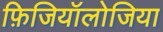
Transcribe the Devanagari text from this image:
फ़िजियॉलोजिया